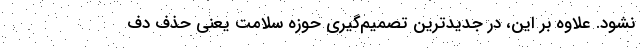
نشود. علاوه بر این، در جدیدترین تصمیم‌گیری حوزه سلامت یعنی حذف دف